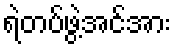
ရဲတပ်ဖွဲ့အင်အား